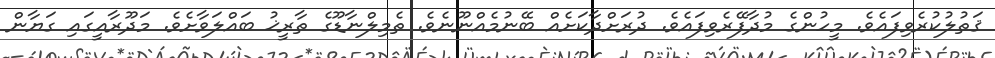
ޤަތުލުކުރެވިފައެވެ. މީހުންގެ މުދާފޭރެވިފައެވެ. ދުރަށްދާކަށެއް ބޭނުމެއްނޫނެވެ. ތެމިލްނާޑޫގެ ތާރީޚު ބައްލަވާށެވެ. މަދޫރާއީގައި ގަޔާން